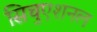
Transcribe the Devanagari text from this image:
सिचुएशनल